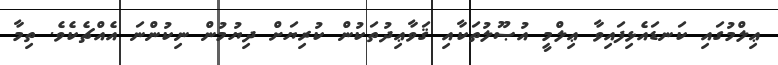
ޢިލްމުގައި ކަނޑައެޅިފައިވާ ޢިލްމީ އުޞޫލުތަކާއި ޤަވާޢިދުތަކުން ކުރިޔަށް ދިޔުމުން ނިކުންނަ އެއްޗެކެވެ. ތިމާ